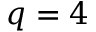
q = 4